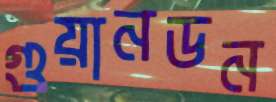
গুয়ানডন